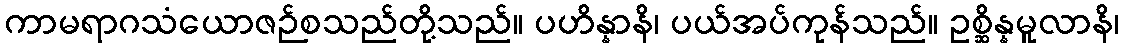
ကာမရာဂသံယောဇဉ်စသည်တို့သည်။ ပဟိန္နာနိ၊ ပယ်အပ်ကုန်သည်။ ဥစ္ဆိန္နမူလာနိ၊